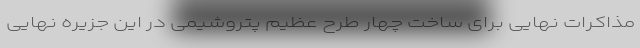
مذاکرات نهایی برای ساخت چهار طرح عظیم پتروشیمی در این جزیره نهایی